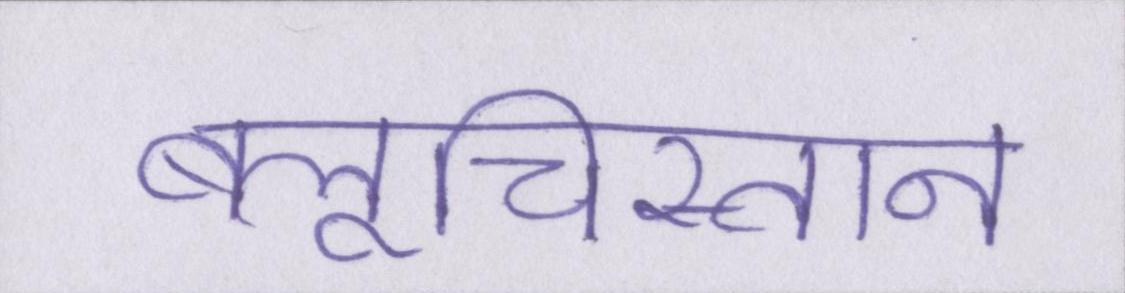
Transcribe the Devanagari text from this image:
बलूचिस्तान